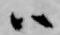
ハ